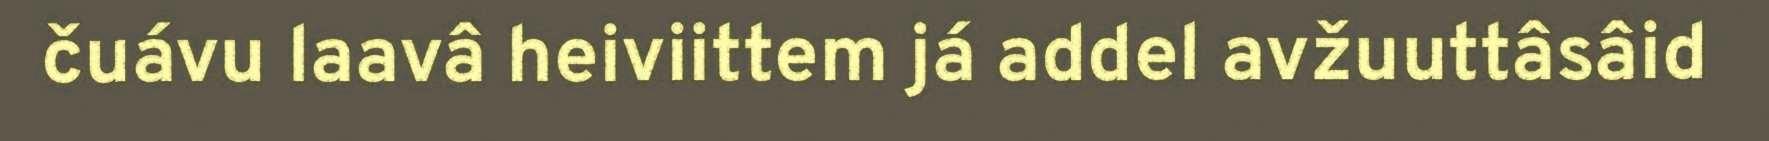
čuávu laavâ heiviittem já addel avžuuttâsâid